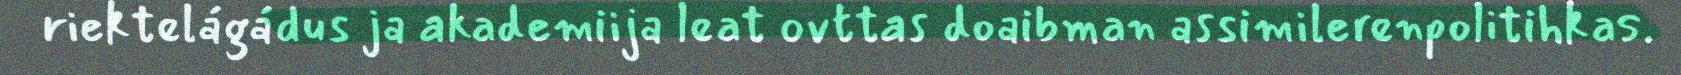
riektelágádus ja akademiija leat ovttas doaibman assimilerenpolitihkas.